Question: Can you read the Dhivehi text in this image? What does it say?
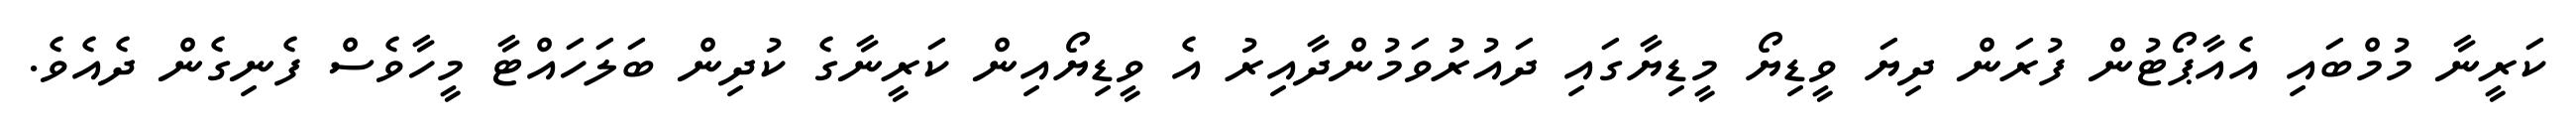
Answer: ކަރީނާ މުމްބައި އެއާޕޯޓުން ފުރަން ދިޔަ ވީޑިޔޯ މީޑިޔާގައި ދައުރުވަމުންދާއިރު އެ ވީޑިޔޯއިން ކަރީނާގެ ކުދިން ބަލަހައްޓާ މީހާވެސް ފެނިގެން ދެއެވެ.